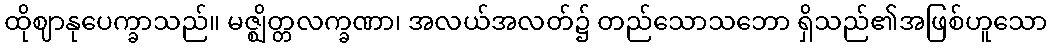
ထိုဈာနုပေက္ခာသည်။ မဇ္ဈိတ္တလက္ခဏာ၊ အလယ်အလတ်၌ တည်သောသဘော ရှိသည်၏အဖြစ်ဟူသော